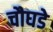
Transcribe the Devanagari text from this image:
चौघडे